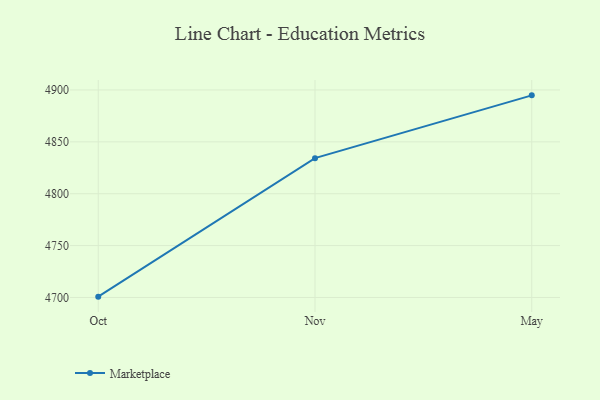
{"axis": {"x": "Month", "y": "Population (Million)"}, "legend": ["Marketplace"], "data": [{"x": "Oct", "y": 4700.8, "type": "Marketplace"}, {"x": "Nov", "y": 4834.3, "type": "Marketplace"}, {"x": "May", "y": 4894.8, "type": "Marketplace"}]}